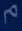
م